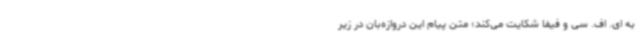
به ای‌. اف. سی و فیفا شکایت می‌کند؛ متن پیام این دروازه‌بان در زیر